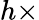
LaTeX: h\times